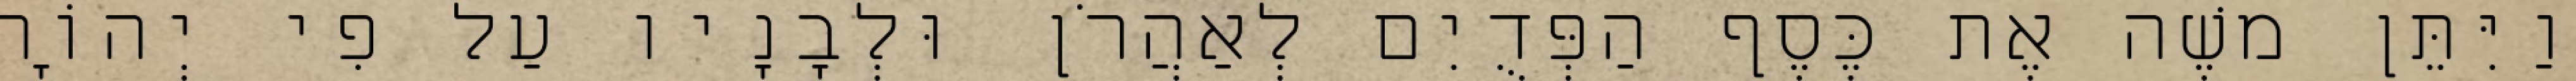
וַיִּתֵּן משֶׁה אֶת כֶּסֶף הַפְּדֻיִם לְאַהֲרֹן וּלְבָנָיו עַל פִי יְהוָֹה